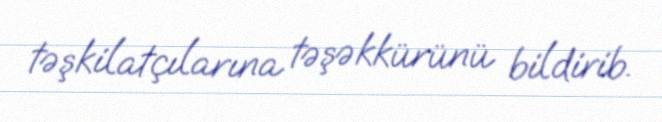
təşkilatçılarına təşəkkürünü bildirib.